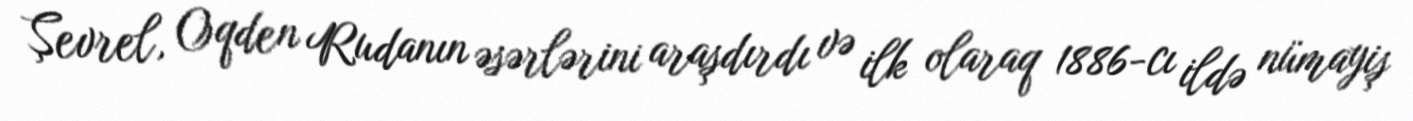
Şevrel, Oqden Rudanın əsərlərini araşdırdı və ilk olaraq 1886-cı ildə nümayiş